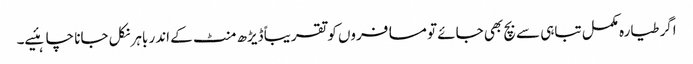
اگر طیارہ مکمل تباہی سے بچ بھی جائے تو مسافروں کو تقریباً ڈیڑھ منٹ کے اندر باہر نکل جانا چاہئیے۔